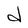
Character: d